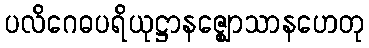
ပလိဂေဓပရိယုဋ္ဌာနဇ္ဈောသာနဟေတု